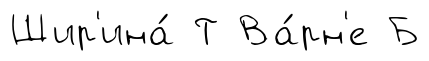
Шир'ина́ Т Ва́рн'е Б